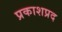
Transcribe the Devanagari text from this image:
प्रकाशप्रद